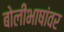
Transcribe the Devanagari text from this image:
बोलीभाषांवर